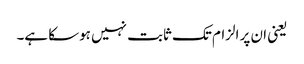
یعنی ان پر الزام تک ثابت نہیں ہوسکا ہے۔